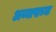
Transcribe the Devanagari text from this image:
अय्यापाच्या